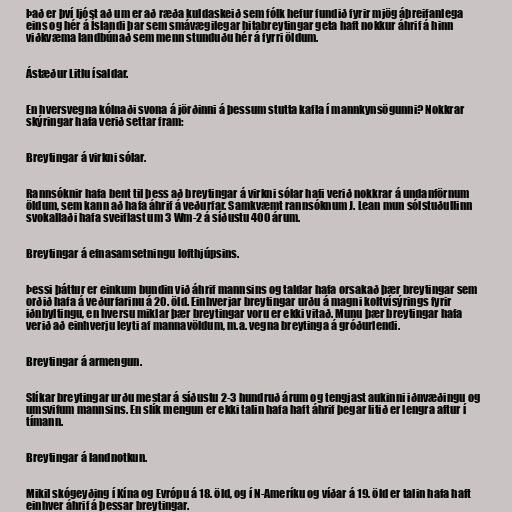
Það er því ljóst að um er að ræða kuldaskeið sem fólk hefur fundið fyrir mjög áþreifanlega
eins og hér á Íslandi þar sem smávægilegar hitabreytingar geta haft nokkur áhrif á hinn
viðkvæma landbúnað sem menn stunduðu hér á fyrri öldum.

Ástæður Litlu ísaldar.

En hversvegna kólnaði svona á jörðinni á þessum stutta kafla í mannkynsögunni? Nokkrar
skýringar hafa verið settar fram:

Breytingar á virkni sólar.

Rannsóknir hafa bent til þess að breytingar á virkni sólar hafi verið nokkrar á undanförnum
öldum, sem kann að hafa áhrif á veðurfar. Samkvæmt rannsóknum J. Lean mun sólstuðullinn
svokallaði hafa sveiflast um 3 Wm-2 á síðustu 400 árum.

Breytingar á efnasamsetningu lofthjúpsins.

Þessi þáttur er einkum bundin við áhrif mannsins og taldar hafa orsakað þær breytingar sem
orðið hafa á veðurfarinu á 20. öld. Einhverjar breytingar urðu á magni koltvísýrings fyrir
iðnbyltingu, en hversu miklar þær breytingar voru er ekki vitað. Munu þær breytingar hafa
verið að einhverju leyti af mannavöldum, m.a. vegna breytinga á gróðurlendi.

Breytingar á armengun.

Slíkar breytingar urðu mestar á síðustu 2-3 hundruð árum og tengjast aukinni iðnvæðingu og
umsvifum mannsins. En slík mengun er ekki talin hafa haft áhrif þegar litið er lengra aftur í
tímann.

Breytingar á landnotkun.

Mikil skógeyðing í Kína og Evrópu á 18. öld, og í N-Ameríku og víðar á 19. öld er talin hafa haft
einhver áhrif á þessar breytingar.